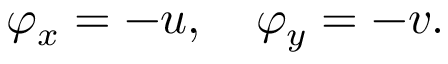
\varphi _ { x } = - u , \quad \varphi _ { y } = - v .